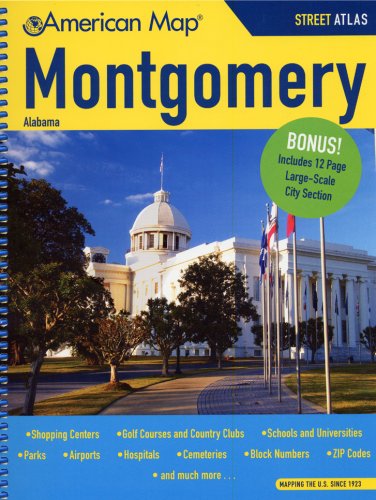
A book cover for American Map Montgomery, Al Atlas; Travel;